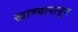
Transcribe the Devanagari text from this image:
खाण्यापासून